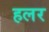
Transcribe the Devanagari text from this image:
हलर